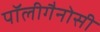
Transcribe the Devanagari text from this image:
पॉलीगैनोसी